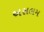
અસલમ